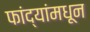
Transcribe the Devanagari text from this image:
फांद्यांमधून